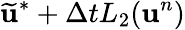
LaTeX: \widetilde{\mathbf{u}}^{*}+\Delta tL_{2}(\mathbf{u}^{n})